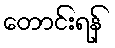
တောင်းရန်